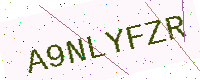
Text: A9NLYFZR